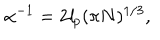
\alpha ^ { - 1 } = 2 \mathit { l } _ { p } ( \pi N ) ^ { 1 / 3 } ,